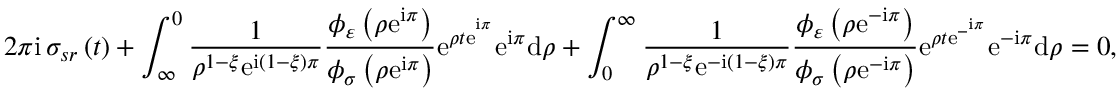
2 \pi \mathrm { i \, } \sigma _ { s r } \left( t \right) + \int _ { \infty } ^ { 0 } \frac { 1 } { \rho ^ { 1 - \xi } \mathrm { e } ^ { \mathrm { i } \left( 1 - \xi \right) \pi } } \frac { \phi _ { \varepsilon } \left( \rho \mathrm { e } ^ { \mathrm { i } \pi } \right) } { \phi _ { \sigma } \left( \rho \mathrm { e } ^ { \mathrm { i } \pi } \right) } \mathrm { e } ^ { \rho t \mathrm { e } ^ { ^ { \mathrm { i } \pi } } } \mathrm { e } ^ { \mathrm { i } \pi } \mathrm { d } \rho + \int _ { 0 } ^ { \infty } \frac { 1 } { \rho ^ { 1 - \xi } \mathrm { e } ^ { - \mathrm { i } \left( 1 - \xi \right) \pi } } \frac { \phi _ { \varepsilon } \left( \rho \mathrm { e } ^ { - \mathrm { i } \pi } \right) } { \phi _ { \sigma } \left( \rho \mathrm { e } ^ { - \mathrm { i } \pi } \right) } \mathrm { e } ^ { \rho t \mathrm { e } ^ { - ^ { \mathrm { i } \pi } } } \mathrm { e } ^ { - \mathrm { i } \pi } \mathrm { d } \rho = 0 ,